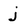
Character: j